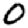
Digit: 0